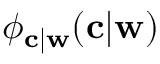
\phi _ { \mathbf { c } | \mathbf { w } } ( \mathbf { c } | \mathbf { w } )